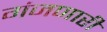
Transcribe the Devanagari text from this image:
गंजणारी